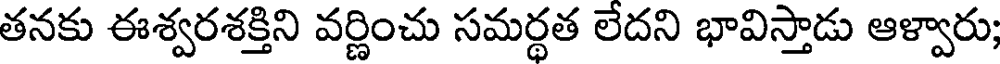
తనకు ఈశ్వరశక్తిని వర్ణించు సమర్థత లేదని భావిస్తాడు ఆళ్వారు;